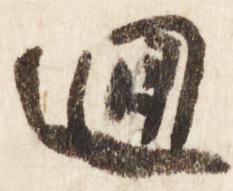
廻